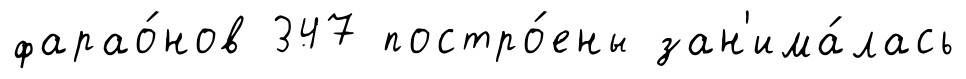
фарао́нов 347 постро́ены зан'има́лась